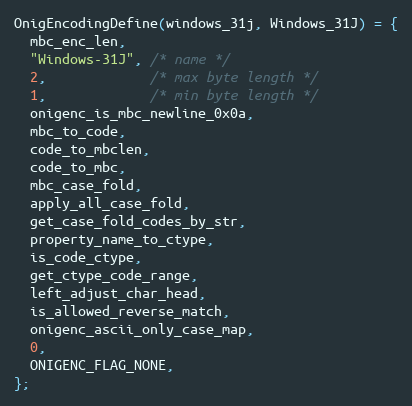
Language: C
OnigEncodingDefine(windows_31j, Windows_31J) = {
  mbc_enc_len,
  "Windows-31J", /* name */
  2,             /* max byte length */
  1,             /* min byte length */
  onigenc_is_mbc_newline_0x0a,
  mbc_to_code,
  code_to_mbclen,
  code_to_mbc,
  mbc_case_fold,
  apply_all_case_fold,
  get_case_fold_codes_by_str,
  property_name_to_ctype,
  is_code_ctype,
  get_ctype_code_range,
  left_adjust_char_head,
  is_allowed_reverse_match,
  onigenc_ascii_only_case_map,
  0,
  ONIGENC_FLAG_NONE,
};